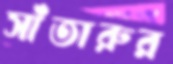
সাঁতারুর